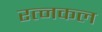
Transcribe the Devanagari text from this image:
रत्नकल